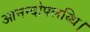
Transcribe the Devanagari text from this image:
आनन्दोपलब्धि।